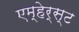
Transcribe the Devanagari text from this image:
एम्हेर्स्ट